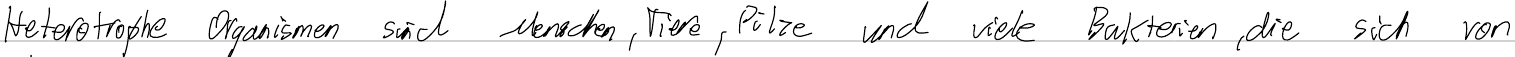
Heterotrophe Organismen sind Menschen, Tiere, Pilze und viele Bakterien, die sich von